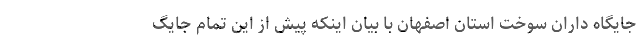
جایگاه داران سوخت استان اصفهان با بیان اینکه پیش از این تمام جایگ